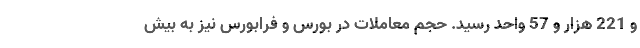
و 221 هزار و 57 واحد رسید. حجم معاملات در بورس و فرابورس نیز به بیش